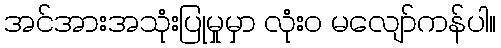
အင်အားအသုံးပြုမှုမှာ လုံးဝ မလျော်ကန်ပါ။